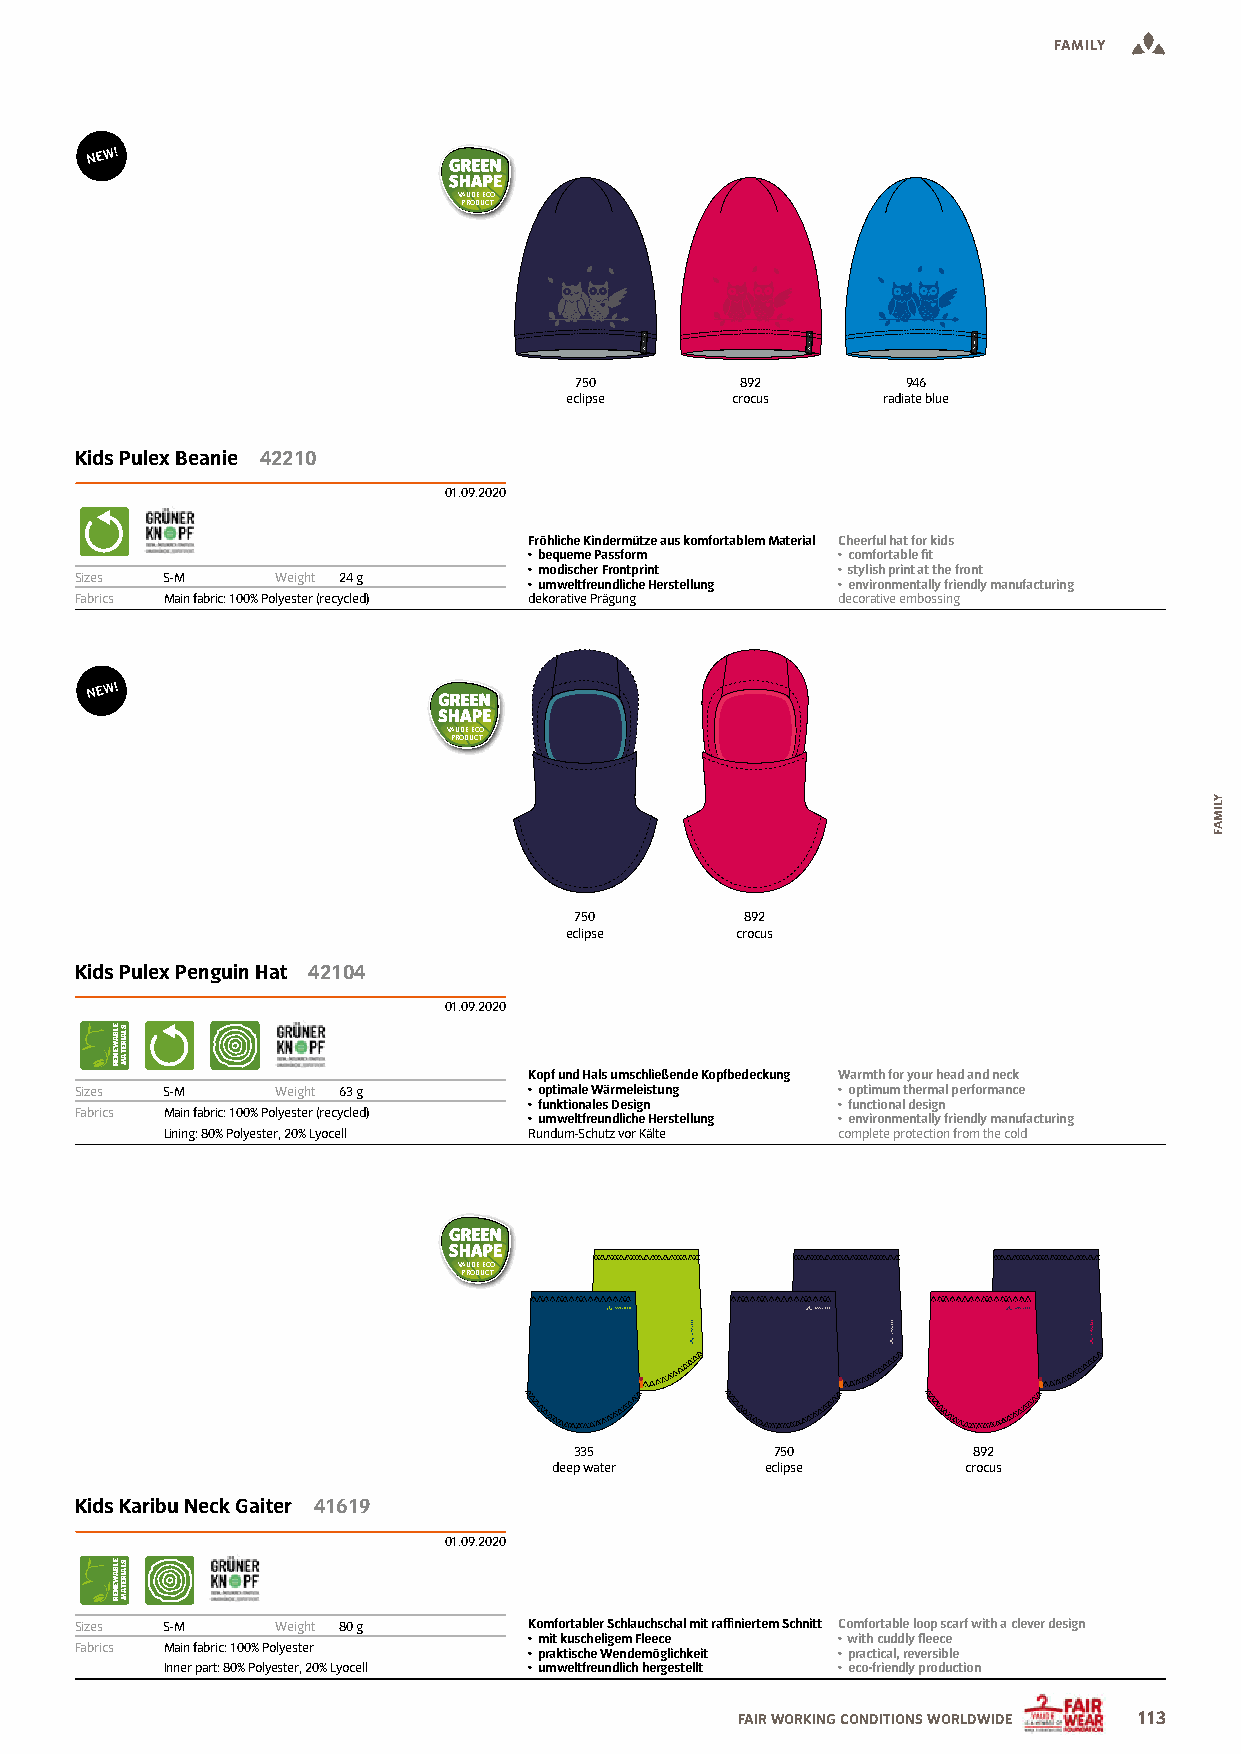
FAMILY
 VAUDE ECO
 PRODUCT
 750        892        946
 eclipse    crocus    radiate blue
 Kids Pulex Beanie 42210
 01.09.2020
 Fröhliche Kindermütze aus komfortablem Material Cheerful hat for kids
 • bequeme Passform  • comfortable it
 • modischer Frontprint • stylish print at the front
 Sizes S-M    Weight 24 g
 • umweltfreundliche Herstellung • environmentally friendly manufacturing
 Fabrics Main fabric: 100% Polyester (recycled) dekorative Prägung decorative embossing
 VAUDE ECO
 PRODUCT
 750        892
 eclipse     crocus
 Kids Pulex Penguin Hat 42104
 01.09.2020
 Kopf und Hals umschließende Kopfbedeckung Warmth for your head and neck
 Sizes S-M    Weight 63 g      • optimale Wärmeleistung • optimum thermal performance
 • funktionales Design • functional design
 Fabrics Main fabric: 100% Polyester (recycled)
 • umweltfreundliche Herstellung • environmentally friendly manufacturing
 Lining: 80% Polyester, 20% Lyocell Rundum-Schutz vor Kälte complete protection from the cold
 VAUDE ECO
 PRODUCT
 335          750          892
 deep water    eclipse      crocus
 Kids Karibu Neck Gaiter 41619
 01.09.2020
 Sizes S-M    Weight 80 g      Komfortabler Schlauchschal mit rainiertem Schnitt Comfortable loop scarf with a clever design
 • mit kuscheligem Fleece • with cuddly leece
 Fabrics Main fabric: 100% Polyester • praktische Wendemöglichkeit • practical, reversible
 Inner part: 80% Polyester, 20% Lyocell • umweltfreundlich hergestellt • eco-friendly production
 FAIR WORKING CONDITIONS WORLDWIDE 113
 ELBAWENER
 ELBAWENER
 SLAIRETAM
 SLAIRETAM
 YLIMAF